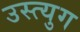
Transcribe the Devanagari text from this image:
उस्त्युग